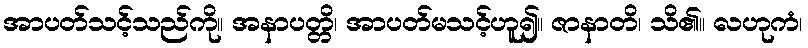
အာပတ်သင့်သည်ကို။ အနာပတ္တိ၊ အာပတ်မသင့်ဟူ၍။ ဇာနာတိ၊ သိ၏။ လဟုကံ၊